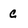
Character: c